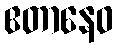
ဧတာနေဝ